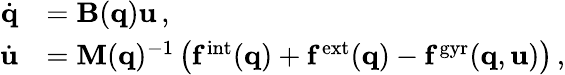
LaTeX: \begin{array}{rl}{\dot{\mathbf q}}&{=\mathbf B(\mathbf q)\mathbf u\, ,}\\ {\dot{\mathbf u}}&{=\mathbf M(\mathbf q)^{-1}\left(\mathbf f^{\mathrm{int}}(\mathbf q)+\mathbf f^{\mathrm{ext}}(\mathbf q)-\mathbf f^{\mathrm{gyr}}(\mathbf q,\mathbf u)\right)\, ,}\end{array}